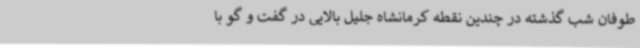
طوفان شب گذشته در چندین نقطه کرمانشاه جلیل بالایی در گفت و گو با